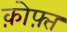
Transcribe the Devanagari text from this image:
क़ोफ़्त